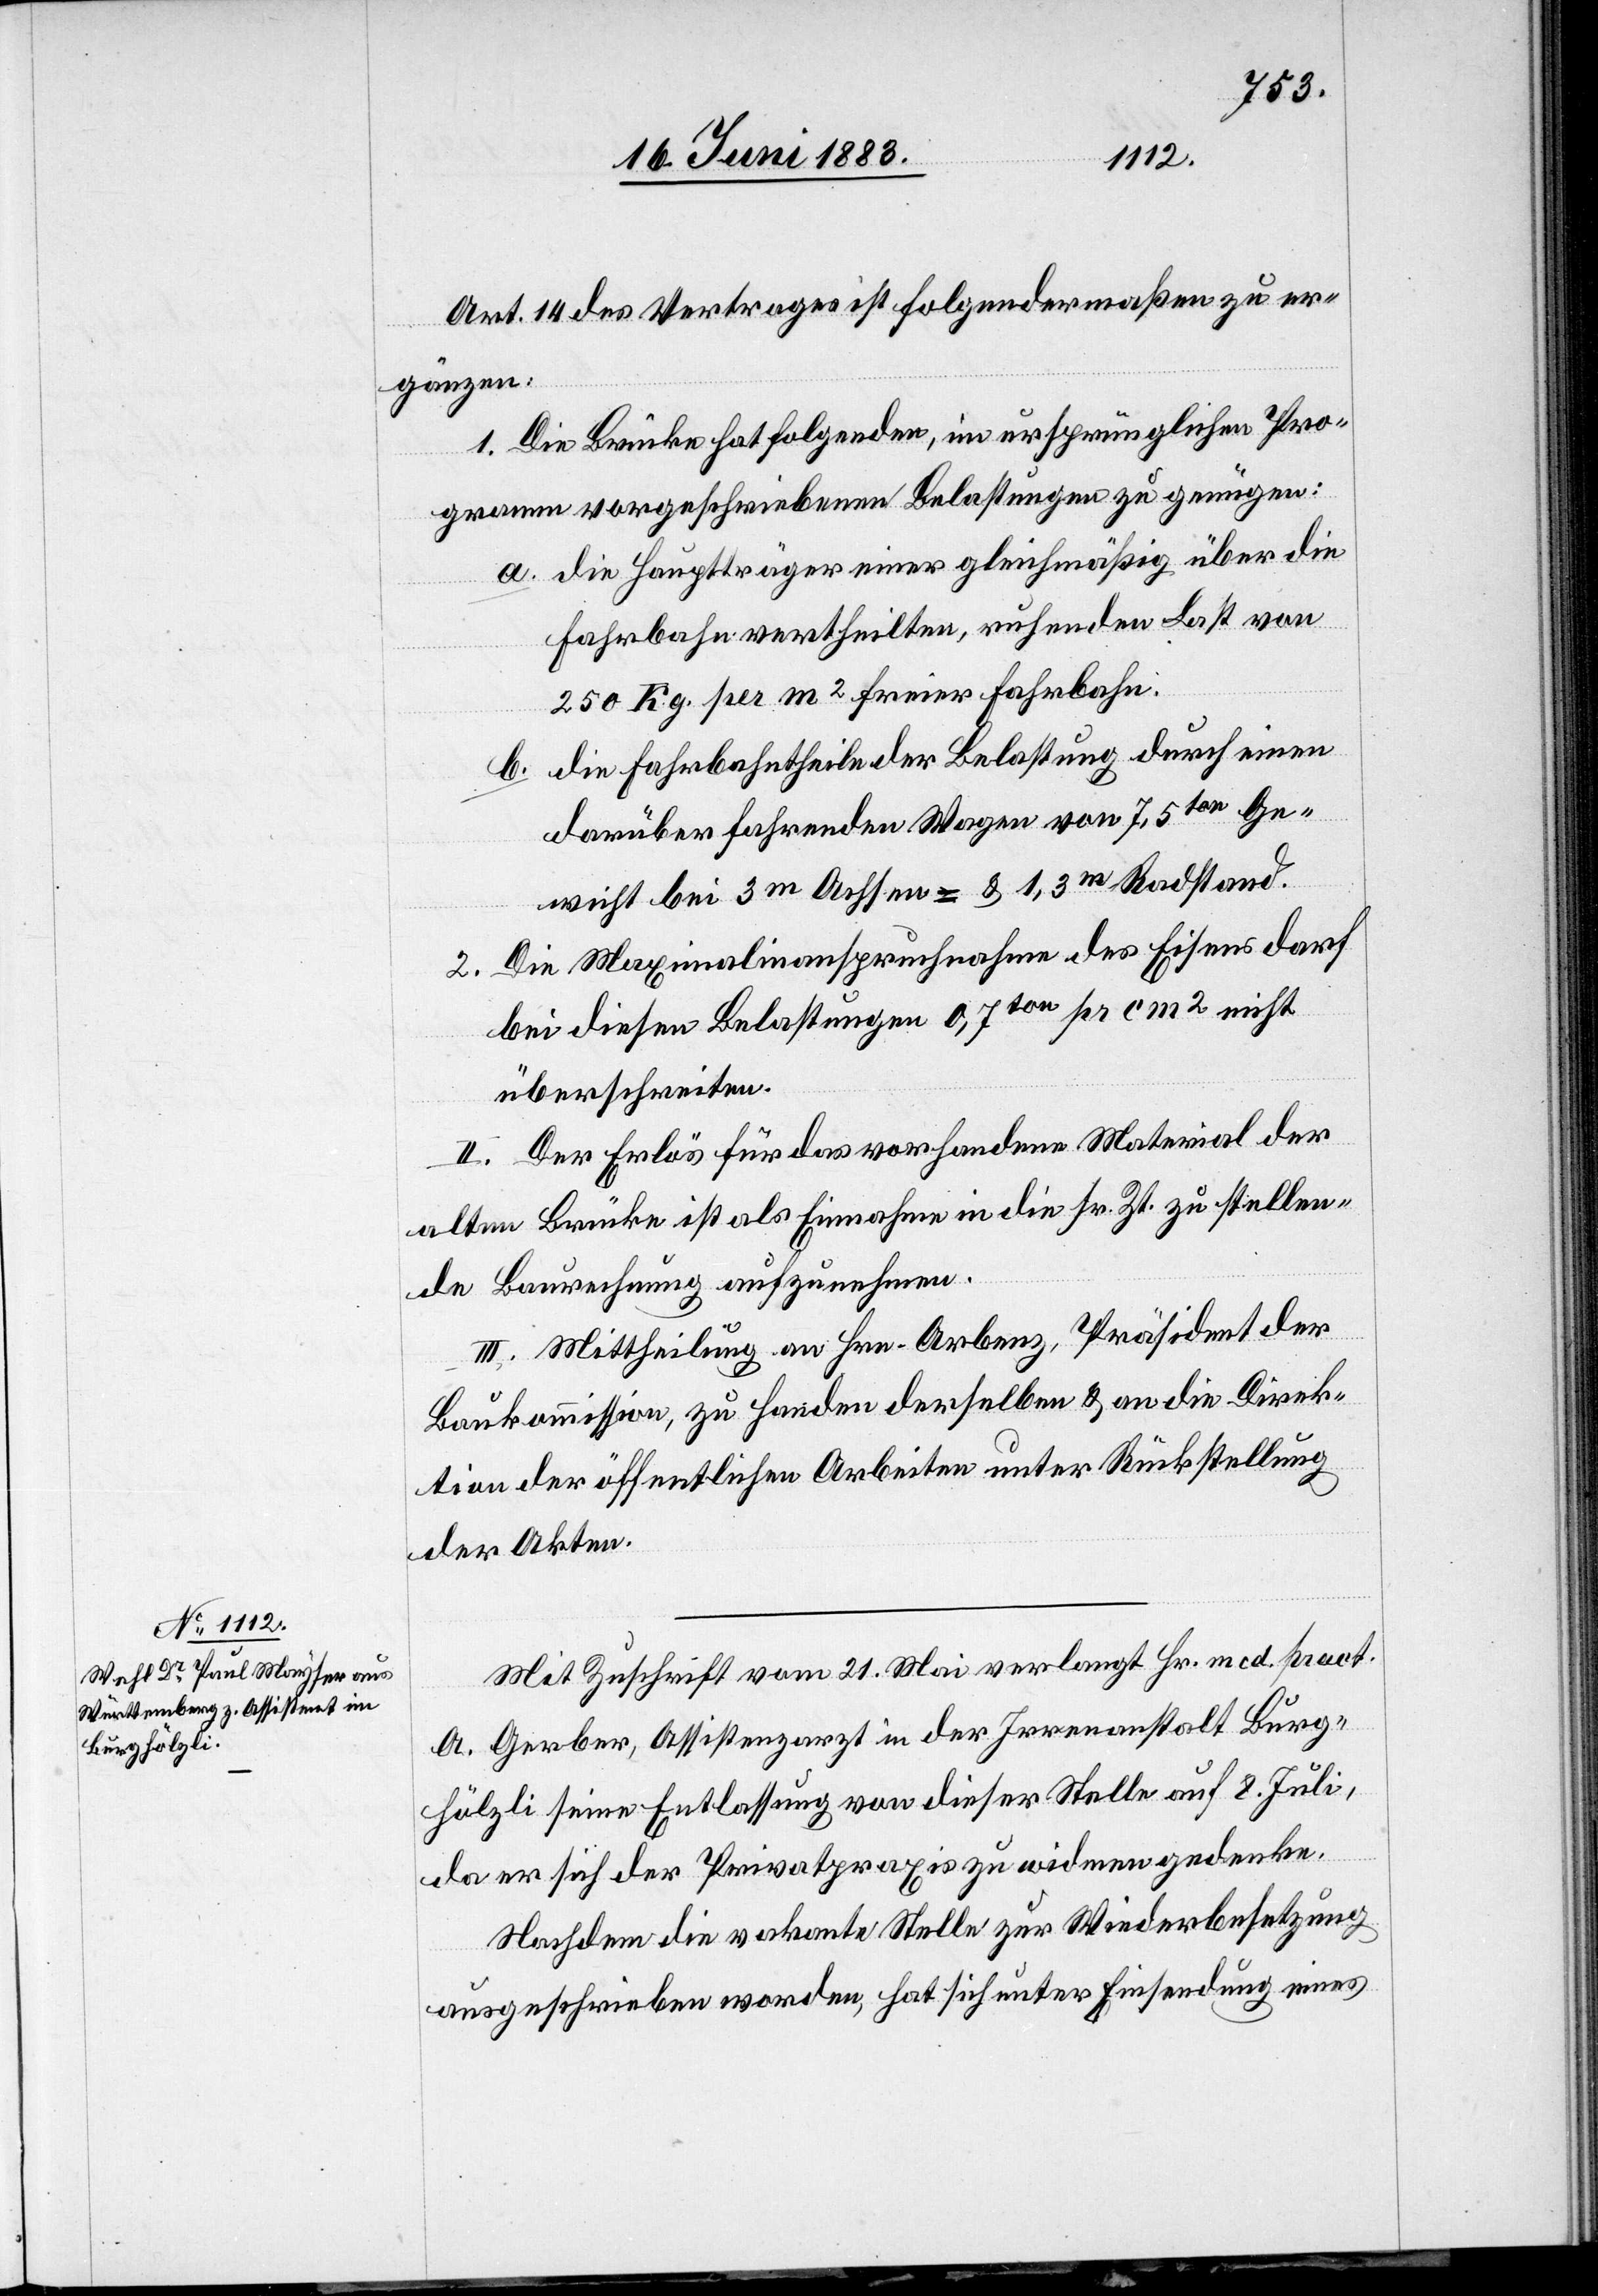
Art. 14 des Vertrages ist folgendermaßen zu er¬
gänzen:
1. Die Brücke hat folgenden, im ursprünglichen Pro¬
gramme vorgeschriebenen Belastungen zu genügen:
a. die Hauptträger einer gleichmäßig über die
Fahrbahn vertheilten, ruhenden Last von
250 Kg. per m2 freier Fahrbahn.
b. die Fahrbahntheile der Belastung durch einen
darüber fahrenden Wagen von 7,5ten Ge¬
wicht bei 3m Achsen = & 1,3m Radstand.
2. Die Maximalinanspruchnahme des Eisens darf
bei diesen Belastungen 0,7ton pr cm2 nicht
überschreiten.
II. Der Erlas für das vorhandene Material der
alten Brücke ist als Einnahme in die sr. Zt. zu stellen¬
de Baurechnung aufzunehmen.
III. Mittheilung an Hrn. Arbenz, Präsident der
Baukommission, zu Handen derselben & an die Direk¬
tion der öffentlichen Arbeiten unter Rückstellung
der Akten.
Mit Zuschrift vom 21. Mai verlangt Hr. med. pract.
A. Gerber, Assistenzarzt in der Irrenanstalt Burg¬
hölzli seine Entlassung von dieser Stelle auf 8. Juli,
da er sich der Privatpraxis zu widmen gedenke.
Nachdem die vakante Stelle zur Wiederbesetzung
ausgeschrieben worden, hat sich unter Einsendung eines